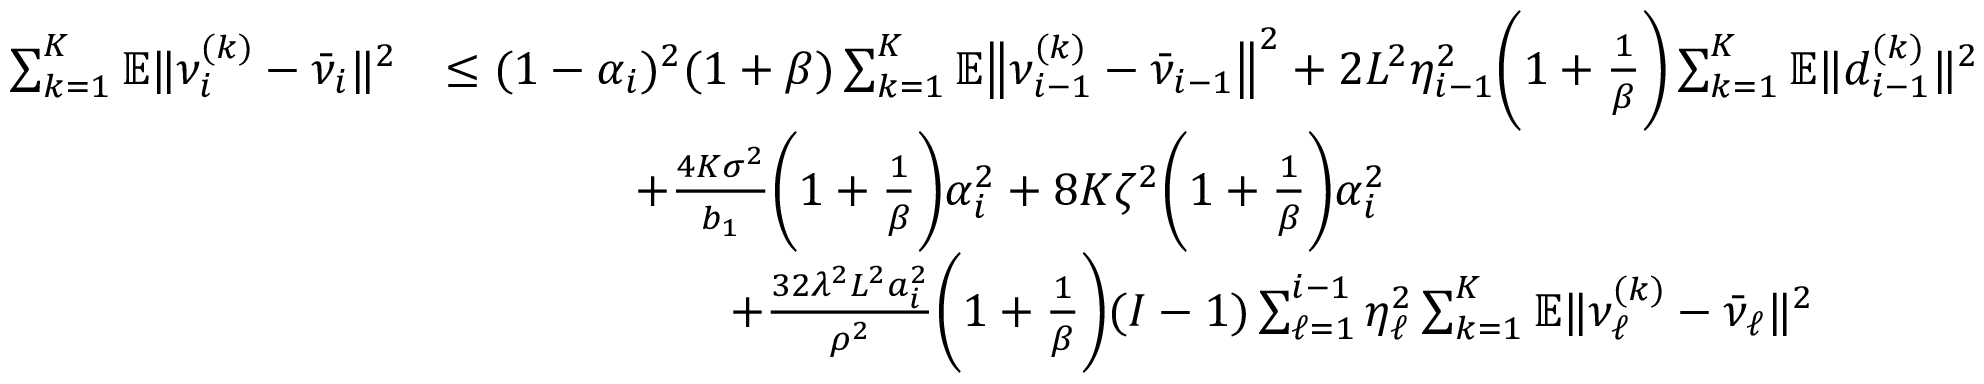
\begin{array} { r l } { \sum _ { k = 1 } ^ { K } \mathbb { E } \| \nu _ { i } ^ { ( k ) } - \bar { \nu } _ { i } \| ^ { 2 } } & { \leq ( 1 - \alpha _ { i } ) ^ { 2 } ( 1 + \beta ) \sum _ { k = 1 } ^ { K } \mathbb { E } \big \| \nu _ { i - 1 } ^ { ( k ) } - \bar { \nu } _ { i - 1 } \big \| ^ { 2 } + 2 L ^ { 2 } \eta _ { i - 1 } ^ { 2 } \bigg ( 1 + \frac { 1 } { \beta } \bigg ) \sum _ { k = 1 } ^ { K } \mathbb { E } \| d _ { i - 1 } ^ { ( k ) } \| ^ { 2 } } \\ & { \qquad \qquad + \frac { 4 K \sigma ^ { 2 } } { b _ { 1 } } \bigg ( 1 + \frac { 1 } { \beta } \bigg ) \alpha _ { i } ^ { 2 } + 8 K \zeta ^ { 2 } \bigg ( 1 + \frac { 1 } { \beta } \bigg ) \alpha _ { i } ^ { 2 } } \\ & { \qquad \qquad \qquad + \frac { 3 2 \lambda ^ { 2 } L ^ { 2 } a _ { i } ^ { 2 } } { \rho ^ { 2 } } \bigg ( 1 + \frac { 1 } { \beta } \bigg ) { ( I - 1 ) } \sum _ { \ell = 1 } ^ { i - 1 } \eta _ { \ell } ^ { 2 } \sum _ { k = 1 } ^ { K } \mathbb { E } \| \nu _ { \ell } ^ { ( k ) } - \bar { \nu } _ { \ell } \| ^ { 2 } } \end{array}